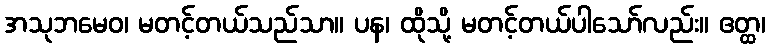
အသုဘမေဝ၊ မတင့်တယ်သည်သာ။ ပန၊ ထိုသို့ မတင့်တယ်ပါသော်လည်း။ ဧတ္ထ၊